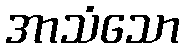
အာသံသော